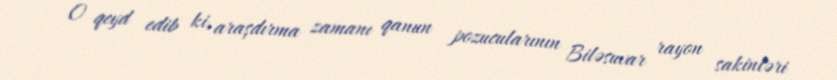
O qeyd edib ki, araşdırma zamanı qanun pozucularının Biləsuvar rayon sakinləri